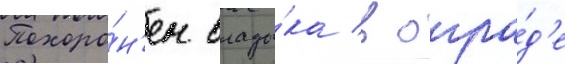
Похоро́н'ен влады́ка в огра́д'е